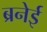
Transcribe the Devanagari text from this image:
ब्रनेई